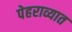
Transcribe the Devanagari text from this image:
पेहराव्यात